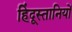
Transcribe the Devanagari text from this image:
हिंदूस्तानियों